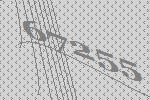
67255